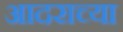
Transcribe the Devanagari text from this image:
आदराच्या